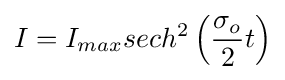
I=I_{max}sech^{2}\left({\frac {\sigma _{o}}{2}}t\right)